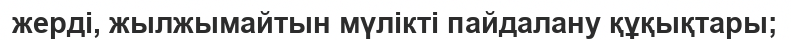
жерді‚ жылжымайтын мүлікті пайдалану құқықтары;